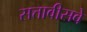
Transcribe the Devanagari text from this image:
सत्तावीसवे